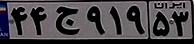
۴۴ج۹۱۹۵۳